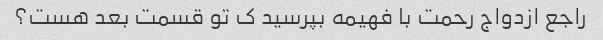
راجع ازدواج رحمت با فهیمه بپرسید ک تو قسمت بعد هست؟